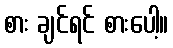
စား ချင်ရင် စားပေါ့။